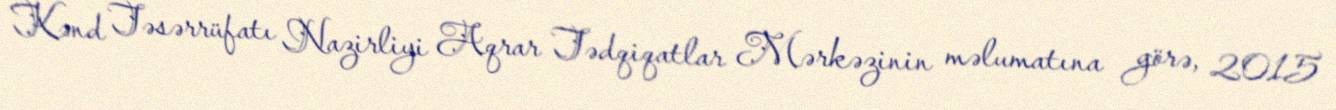
Kənd Təsərrüfatı Nazirliyi Aqrar Tədqiqatlar Mərkəzinin məlumatına görə, 2015